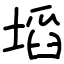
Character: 塪